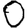
Digit: 0